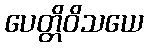
ပေတ္တိဝိသယေ